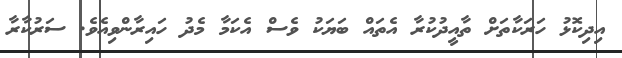
އިދިކޮޅު ހަރަކާތަށް ތާއީދުކުރާ އެތައް ބަޔަކު ވެސް އެކަމާ މެދު ހައިރާންވިއެވެ. ސަރުކާރާ